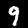
Digit: 9